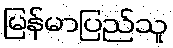
မြန်မာပြည်သူ